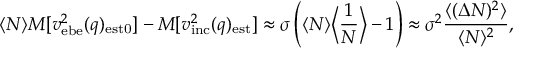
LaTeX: \langle N \rangle M [ v _ { \mathrm { e b e } } ^ { 2 } ( q ) _ { \mathrm { e s t 0 } } ] - M [ v _ { \mathrm { i n c } } ^ { 2 } ( q ) _ { \mathrm { e s t } } ] \approx \sigma \left( \langle N \rangle \Big \langle \frac 1 N \Big \rangle - 1 \right) \approx \sigma ^ { 2 } { \frac { \langle ( \Delta N ) ^ { 2 } \rangle } { \langle N \rangle ^ { 2 } } } ,